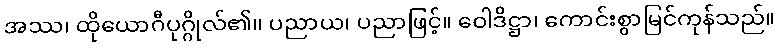
အဿ၊ ထိုယောဂီပုဂ္ဂိုလ်၏။ ပညာယ၊ ပညာဖြင့်။ ဝေါဒိဋ္ဌာ၊ ကောင်းစွာမြင်ကုန်သည်။